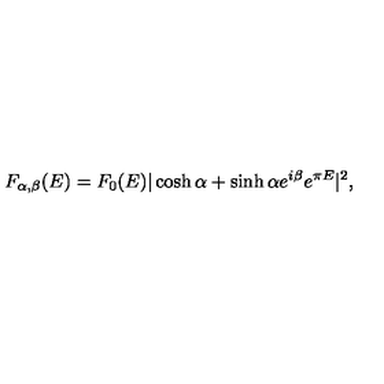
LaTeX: F _ { \alpha , \beta } ( E ) = F _ { 0 } ( E ) | \cosh \alpha + \sinh \alpha e ^ { i \beta } e ^ { \pi E } | ^ { 2 } ,